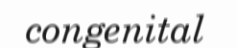
congenital